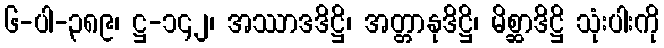
၆-ပါ-၃၈၉၊ ဋ္ဌ-၁၄၂၊ အဿာဒဒိဋ္ဌိ၊ အတ္တာနုဒိဋ္ဌိ၊ မိစ္ဆာဒိဋ္ဌိ သုံးပါးကို